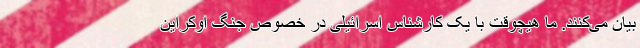
بیان می‌کنند. ما هیچوقت با یک کارشناس اسرائیلی در خصوص جنگ اوکراین